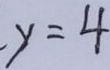
- y = 4